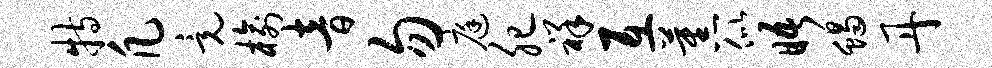
特凡竟榆音勿庭肥祥互蕉似晤蝎丹